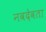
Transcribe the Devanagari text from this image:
नवदेवता